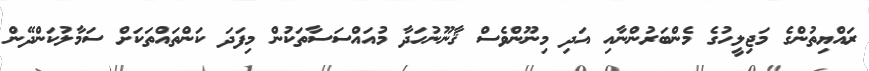
ރައްޔިތުންގެ މަޖިލީހުގެ މެންބަރުންނާއި އަދި މިނޫންވެސް ޤާނޫނުހަދާ މުއައްސަސާތަކުން މިފަދަ ކަންތައްތަކަށް ސަމާލުކަންދޭން